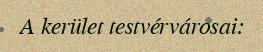
A kerület testvérvárosai: